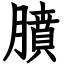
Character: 膹